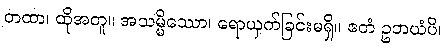
တထာ၊ ထိုအတူ။ အသမ္မိဿော၊ ရောယှက်ခြင်းမရှိ။ ဧတံ ဥဘယံပိ၊